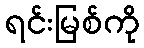
ရင်းမြစ်ကို